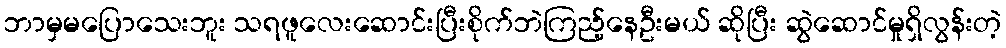
ဘာမှမပြောသေးဘူး သရဖူလေးဆောင်းပြီးစိုက်ဘဲကြည့်နေဦးမယ် ဆိုပြီး ဆွဲဆောင်မှုရှိလွန်းတဲ့